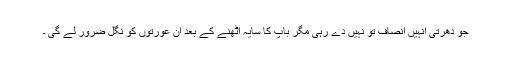
جو دھرتی انہیں انصاف تو نہیں دے رہی مگر باپ کا سایہ اٹھنے کے بعد ان عورتوں کو نگل ضرور لے گی ۔